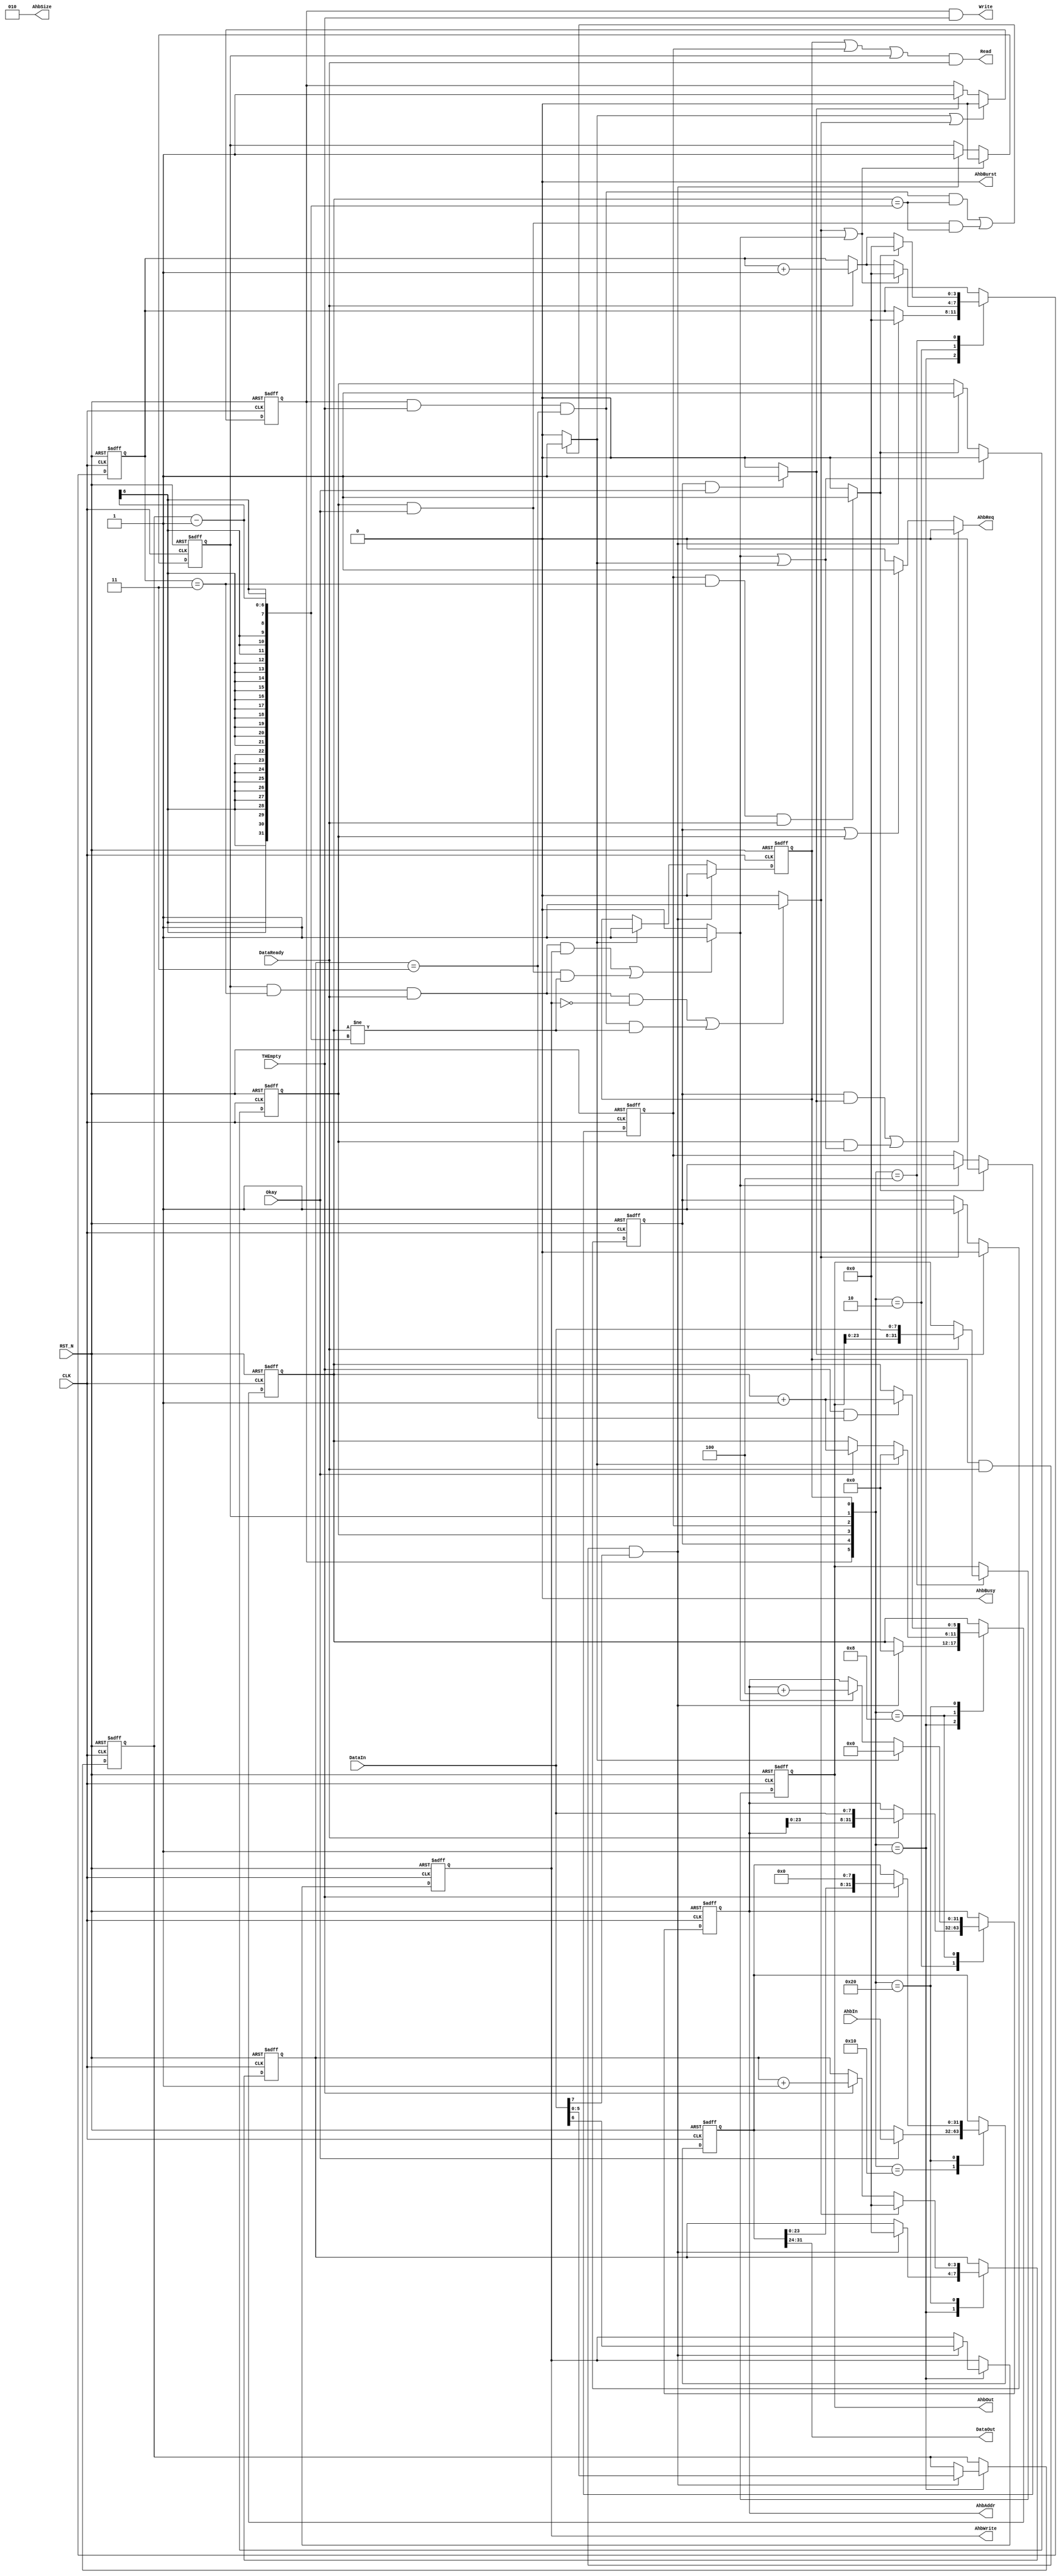
//================================================================================
// Description        : 
//                      
//                      
//================================================================================
module DCOM(
input         CLK             , //clock
input         RST_N           , //reset
//com
output        Write           ,
output [ 7:0] DataOut         ,
output        Read            ,
input  [ 7:0] DataIn          ,
input         DataReady       ,
input         THEmpty         ,
//ahb
output        AhbReq          ,
output        AhbBurst        ,
output        AhbBusy         ,
output        AhbWrite        ,
output [ 2:0] AhbSize         ,
output [31:0] AhbAddr         ,
output [31:0] AhbOut          ,
input  [31:0] AhbIn           ,
input         Okay              
);

parameter     ADDR_SIZE  = 4  ; //byte
parameter     DATA_SIZE  = 4  ; //byte

reg    [ 3:0] ReceiveCnt      ;
reg    [ 3:0] TransmitCnt     ;
reg    [ 5:0] DataLen         ;
reg    [ 5:0] DataCnt         ;
reg    [31:0] iAhbOut         ;
reg    [31:0] iAhbAddr        ;
reg           iAhbWrite       ;
reg           iAhbReq         ;
reg    [31:0] AhbInQ          ;

reg           StateIdle       ;
reg           StateReadAddr   ;
reg           StateReadAhb    ;
reg           StateWriteMst   ;
reg           StateReadMst    ;
reg           StateWriteAhb   ;

wire          StartIdle       ;
wire          StartReadAddr   ;
wire          StartReadAhb    ;
wire          StartWriteMst   ;
wire          StartReadMst    ;
wire          StartWriteAhb   ;

assign       StartReadAddr = StateIdle & DataReady & DataIn[7] ;
assign       StartReadMst  = (  StateReadAddr && (ReceiveCnt == ADDR_SIZE - 1) && DataReady && iAhbWrite
                             || StateWriteAhb && Okay && (DataCnt != DataLen - 1)
                		     )? 1'b1 : 1'b0 ;
assign       StartWriteAhb = StateReadMst && (ReceiveCnt == DATA_SIZE - 1) && DataReady ? 1'b1 : 1'b0 ;
assign       StartReadAhb  = (  StateReadAddr && (ReceiveCnt == ADDR_SIZE - 1) && DataReady && ~iAhbWrite
                             || StateWriteMst && THEmpty && (TransmitCnt == DATA_SIZE - 1) && (DataCnt != DataLen - 1)  
                             )? 1'b1 : 1'b0 ;
assign       StartWriteMst = StateReadAhb  && Okay ? 1'b1 : 1'b0 ;
assign       StartIdle     = (  StateWriteMst && THEmpty && (TransmitCnt == DATA_SIZE -1) && (DataCnt == DataLen -1)
                             || StateWriteAhb &&  Okay && (DataCnt == DataLen -1)
                		     )? 1'b1 : 1'b0 ;

always @(posedge CLK or negedge RST_N) begin
    if (!RST_N) begin
        StateIdle      <= #1 1'b1 ;
        StateReadAddr  <= #1 1'b0 ;
        StateReadAhb   <= #1 1'b0 ;
        StateWriteMst  <= #1 1'b0 ;
        StateReadMst   <= #1 1'b0 ;
        StateWriteAhb  <= #1 1'b0 ;
    end
    else begin
        if(StartReadAddr)                StateIdle     <= #1 1'b0 ;
        else if(StartIdle)               StateIdle     <= #1 1'b1 ;

        if(StartReadAhb | StartReadMst)  StateReadAddr <= #1 1'b0 ;
        else if(StartReadAddr)           StateReadAddr <= #1 1'b1 ;

        if(StartWriteMst)                StateReadAhb  <= #1 1'b0 ;
        else if(StartReadAhb)            StateReadAhb  <= #1 1'b1 ;

        if(StartIdle | StartReadAhb)     StateWriteMst <= #1 1'b0 ;
        else if(StartWriteMst)           StateWriteMst <= #1 1'b1 ;

        if(StartWriteAhb)                StateReadMst  <= #1 1'b0 ;
        else if(StartReadMst)            StateReadMst  <= #1 1'b1 ;

        if(StartIdle | StartReadMst)     StateWriteAhb <= #1 1'b0 ;
        else if(StartWriteAhb)           StateWriteAhb <= #1 1'b1 ;
    end
end

always @(posedge CLK or negedge RST_N) begin
    if (!RST_N) begin
        iAhbWrite  <= #1 'b0   ;
        DataLen    <= #1 'b0   ;
        ReceiveCnt <= #1 4'b0  ;
        TransmitCnt<= #1 4'b0  ;
        DataCnt    <= #1 6'b0  ;
        iAhbOut    <= #1 32'b0 ;
        iAhbAddr   <= #1 32'b0 ;
        AhbInQ     <= #1 32'b0 ;
    end
    else begin
        case({StateWriteMst, StateReadAhb, StateWriteAhb, StateReadMst,  StateReadAddr, StateIdle})
            6'b000001 : begin //idle
                if(StartReadAddr) begin
                    iAhbWrite  <= #1 DataIn[6]   ;
                    DataLen    <= #1 DataIn[5:0] ;
                    ReceiveCnt <= #1 4'b0        ;
                    DataCnt    <= #1 6'b0        ;
                    TransmitCnt <= #1 4'b0       ;
                end
            end
            6'b000010 : begin //read addr
                if(StartReadAhb | StartReadMst)  ReceiveCnt <= #1 4'b0              ;
                else if(DataReady)               ReceiveCnt <= #1 ReceiveCnt + 1'b1 ;

                if(DataReady)  iAhbAddr <= #1 {iAhbAddr[23:0], DataIn} ;
            end
            6'b000100 : begin //read master
                if(StartWriteAhb)                ReceiveCnt <= #1 4'b0              ;
                else if(DataReady)               ReceiveCnt <= #1 ReceiveCnt + 1'b1 ;

                if(DataReady)  iAhbOut  <= #1 {iAhbOut[23:0], DataIn} ;
            end
            6'b001000 : begin //write ahb
                if(StartIdle)          DataCnt <= #1 6'b0           ;
                else if(Okay) DataCnt <= #1 DataCnt + 1'b1 ;

                if(StartIdle)          iAhbAddr <= #1 32'b0                ;
                else if(StartReadMst)  iAhbAddr <= #1 iAhbAddr + DATA_SIZE ;
            end
            6'b010000 : begin //read ahb
                if(Okay)  AhbInQ <= #1 AhbIn  ;
            end
            6'b100000 : begin //wire master
                if(THEmpty) begin
                    AhbInQ   <= #1 {AhbInQ[23:0], 8'b0} ;
                    TransmitCnt <= #1 TransmitCnt + 1'b1 ;
                    //DataCnt  <= #1 DataCnt + 1'b1       ;
                end
                if(StartReadAhb)  TransmitCnt <= #1 'b0 ;
                if(THEmpty && (TransmitCnt == DATA_SIZE - 1))  DataCnt <= #1 DataCnt + 1'b1 ;
            end
        endcase
    end
end

always @(*) begin
    iAhbReq = 1'b0 ;
    if(StateReadAhb & StartWriteMst | StateWriteAhb & (StartReadMst | StartIdle))  iAhbReq = 1'b0 ;
    else if(StateReadAhb | StateWriteAhb) iAhbReq = 1'b1 ;
end

assign   Write      = StateWriteMst & THEmpty      ;
assign   DataOut    = AhbInQ[31:24]                ;
assign   Read       = (StateIdle | StateReadMst | StateReadAddr) & DataReady     ;
assign   AhbReq     = iAhbReq                      ;
assign   AhbBurst   = 1'b0                         ;
assign   AhbBusy    = 1'b0                         ;
assign   AhbWrite   = iAhbWrite                    ;
assign   AhbSize    = 3'b10                        ;
assign   AhbAddr    = iAhbAddr                     ;
assign   AhbOut     = iAhbOut                      ;

endmodule